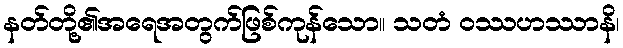
နတ်တို့၏အရေအတွက်ဖြစ်ကုန်သော။ သတံ ဝဿဟဿာနိ၊